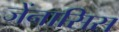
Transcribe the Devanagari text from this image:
जेंनासिस